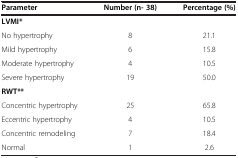
| Parameter | Number (n- 38) | Percentage (%) |
 | --- | --- | --- |
 | <COLSPAN=3> LVMI* |
 | No hypertrophy | 8 | 21.1 |
 | Mild hypertrophy | 6 | 15.8 |
 | Moderate hypertrophy | 4 | 10.5 |
 | Severe hypertrophy | 19 | 50.0 |
 | <COLSPAN=3> RWT** |
 | Concentric hypertrophy | 25 | 65.8 |
 | Eccentric hypertrophy | 4 | 10.5 |
 | Concentric remodeling | 7 | 18.4 |
 | Normal | 1 | 2.6 |